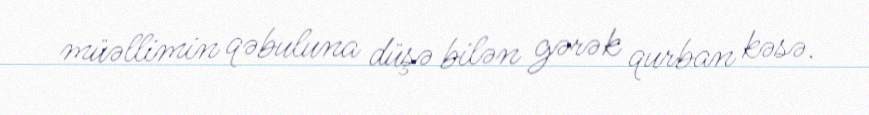
müəllimin qəbuluna düşə bilən gərək qurban kəsə.